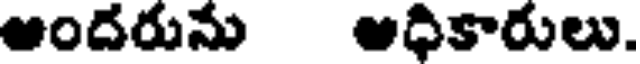
అందరును అధికారులు.